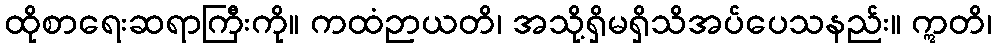
ထိုစာရေးဆရာကြီးကို။ ကထံဉာယတိ၊ အသို့ရှိမရှိသိအပ်ပေသနည်း။ ဣတိ၊